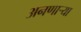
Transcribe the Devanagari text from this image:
अनणाऱ्या